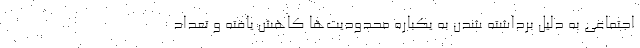
اجتماعی به دلیل برداشته شدن به یکباره محدودیت‌ها کاهش یافته و تعداد